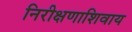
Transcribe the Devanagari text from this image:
निरीक्षणाशिवाय